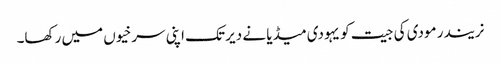
نریندر مودی کی جیت کو یہودی میڈیا نے دیر تک اپنی سرخیوں میں رکھا۔